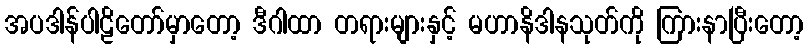
အပဒါန်ပါဠိတော်မှာတော့ ဒီဂါထာ တရားများနှင့် မဟာနိဒါနသုတ်ကို ကြားနာပြီးတော့